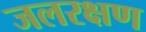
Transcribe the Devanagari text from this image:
जलरक्षण